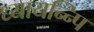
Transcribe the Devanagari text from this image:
ध्यायन्न्पि